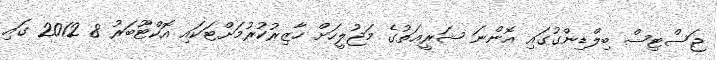
ޖަސްޓިސް ބިލްޑިންގުގައި އޮންނަ ޝަރީޢަތުގެ މަޖުލީހަށް ހާޒިރުކުރުމަށްޓަކައި އޮކްޓޫބަރު 8 2012 ގައި